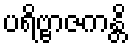
ပရိဗ္ဗာဇကန္တိ